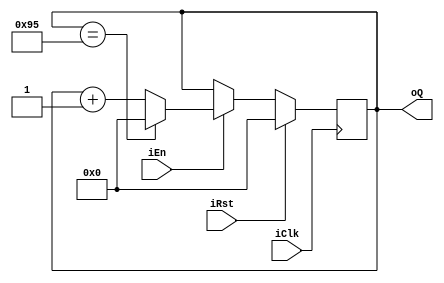
`timescale 1ns / 1ps
//////////////////////////////////////////////////////////////////////////////////
// Company: 
// Engineer: 
// 
// Design Name: 
// Module Name: counter
// Project Name: 
// Target Devices: 
// Tool Versions: 
// Description: 
// 
// Dependencies: 
// 
// Revision:
// Revision 0.01 - File Created
// Additional Comments:
// 
//////////////////////////////////////////////////////////////////////////////////


module counter#(
    parameter LIM = 150,
    parameter N   = $clog2(LIM-1)
    )
    (
    input wire iClk, iRst, iEn,
    output wire [N-1:0] oQ
    );
    
//signal declaration
reg [N-1:0] r_CntCurr;
wire [N-1:0] w_CntNext;
wire w_Rst;

always @(posedge iClk)
    if (iRst == 1)
        r_CntCurr <= 0;
    else if (iEn == 1)
        if (r_CntCurr == LIM-1)
            r_CntCurr <= 0;
        else
            r_CntCurr <= w_CntNext;
            
//increment
assign w_CntNext = r_CntCurr+1;

//output
assign oQ = r_CntCurr;
            
            
    
endmodule